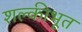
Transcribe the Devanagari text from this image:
शल्कीभूत